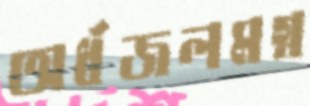
অর্ধজলমগ্ন